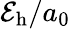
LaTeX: \mathcal{E}_{\mathrm{{h}}}/a_{0}